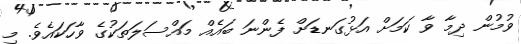
ވުމުން ދިމާ ވާ ކަމަށް އަޅުގަނޑަށް ފެންނަ ބައެއް މައްސަލަތަކުގެ ވާހަކައެވެ. މި